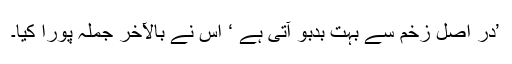
’در اصل زخم سے بہت بدبو آتی ہے ‘ اس نے بالآخر جملہ پورا کیا۔